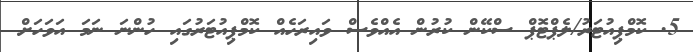
5. ކޮމްޕިއުޓަރު/ލެޕްޓޮޕް ސްކޭން ކުރުން އެއްވެސް ވައިރަހެއް ކޮމްޕިއުޓަރުގައި ހުންނަ ނަމަ އަވަހަށް